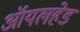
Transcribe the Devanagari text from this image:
ऑयलहेड